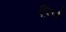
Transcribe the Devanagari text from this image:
ट्रिगर्ड